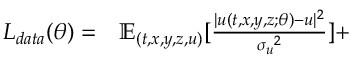
\begin{array} { r l } { L _ { d a t a } ( \theta ) = } & { { } \mathbb { E } _ { ( t , x , y , z , u ) } [ \frac { | { u } ( t , x , y , z ; \theta ) - { u } | ^ { 2 } } { { \sigma _ { u } } ^ { 2 } } ] + } \end{array}